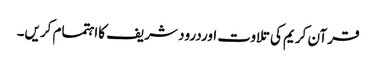
قرآن کریم کی تلاوت اوردرود شریف کااہتمام کریں۔